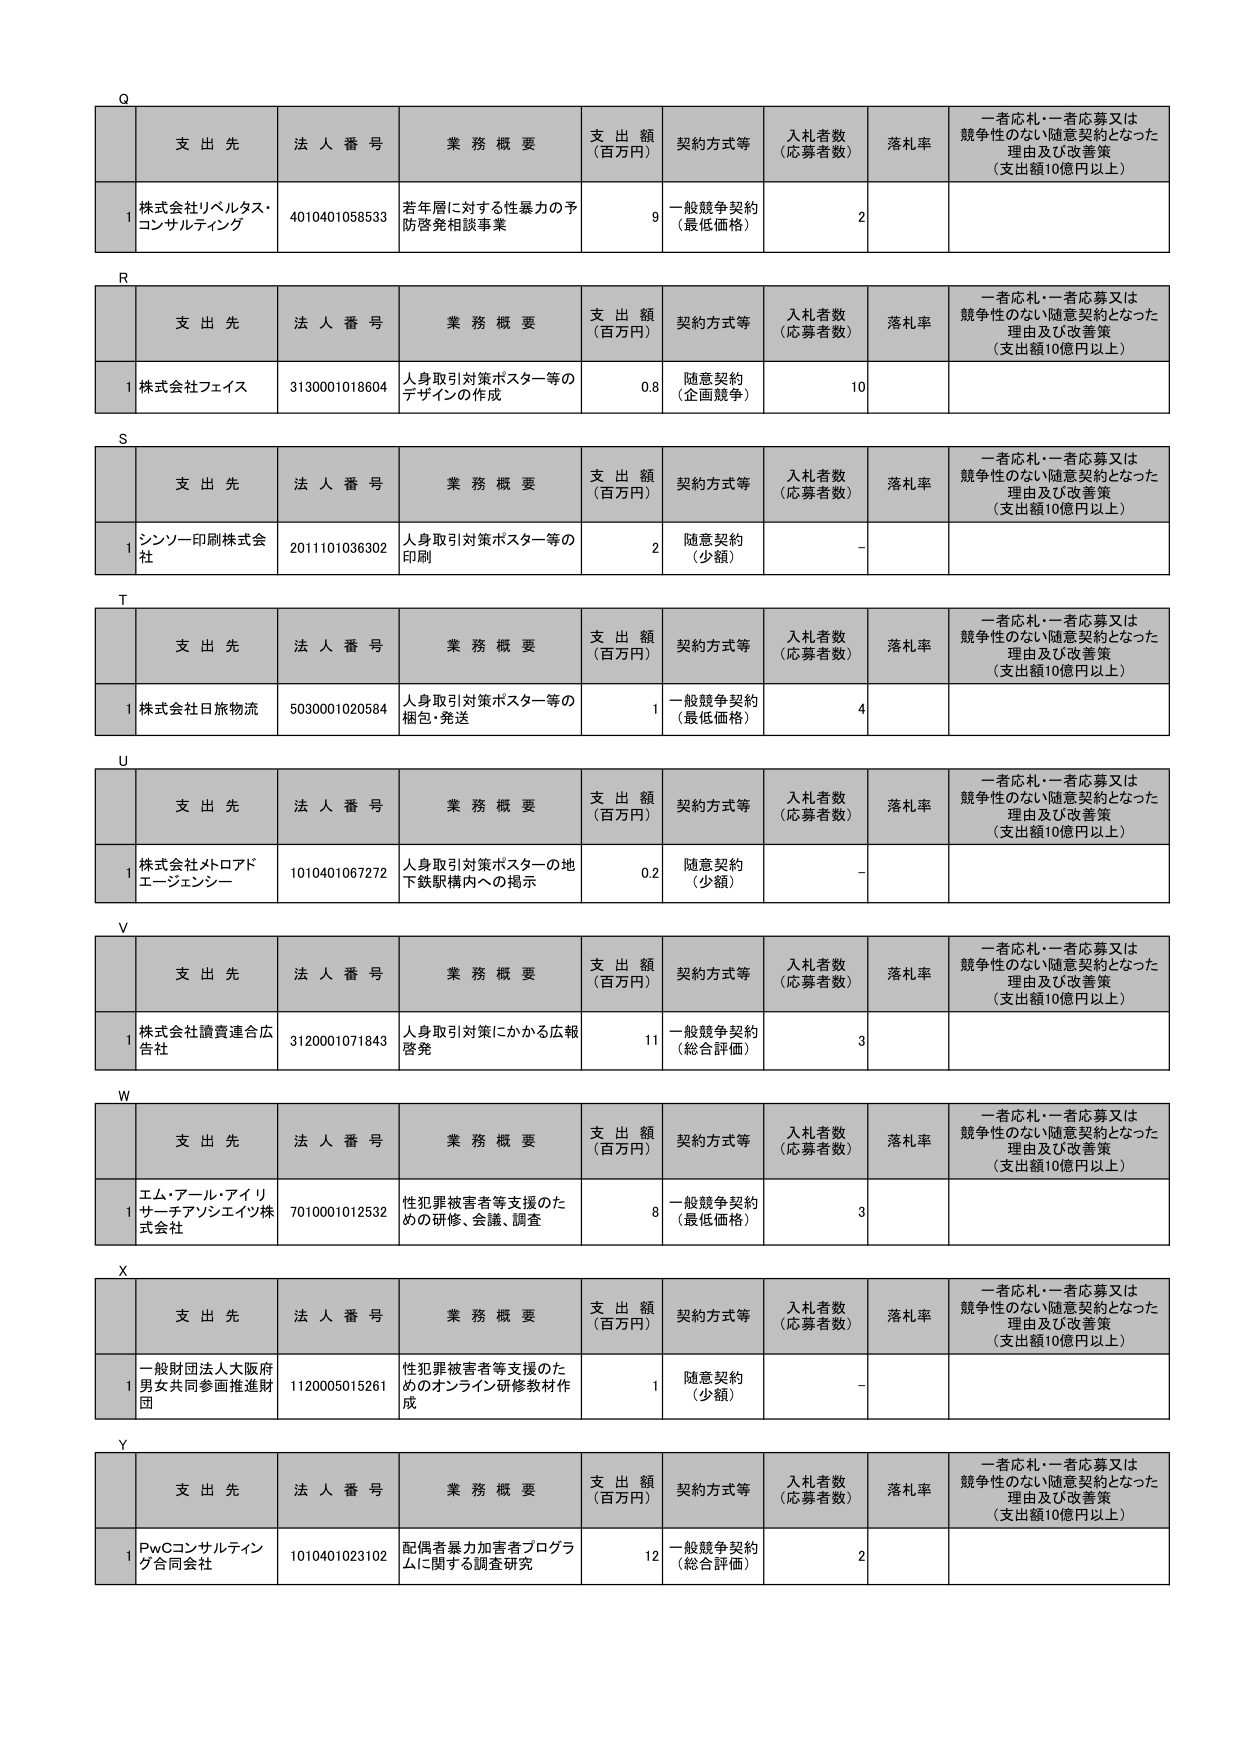
Q
支 出 先 法 人 番 号 業 務 概 要 支 出 額 （百万円） 契約方式等 入札者数 （応募者数） 落札率 一者応札・一者応募又は競争性のない随意契約となった理由及び改善策 （支出額10億円以上）
1 株式会社リベルタス・コンサルティング 4010401058533 若年層に対する性暴力の予防啓発相談事業 9 一般競争契約 （最低価格） 2

R
支 出 先 法 人 番 号 業 務 概 要 支 出 額 （百万円） 契約方式等 入札者数 （応募者数） 落札率 一者応札・一者応募又は競争性のない随意契約となった理由及び改善策 （支出額10億円以上）
1 株式会社フェイス 3130001018604 人身取引対策ポスター等のデザインの作成 0.8 随意契約 （企画競争） 10

S
支 出 先 法 人 番 号 業 務 概 要 支 出 額 （百万円） 契約方式等 入札者数 （応募者数） 落札率 一者応札・一者応募又は競争性のない随意契約となった理由及び改善策 （支出額10億円以上）
1 シンソー印刷株式会社 2011101036302 人身取引対策ポスター等の印刷 2 随意契約 （少額） -

T
支 出 先 法 人 番 号 業 務 概 要 支 出 額 （百万円） 契約方式等 入札者数 （応募者数） 落札率 一者応札・一者応募又は競争性のない随意契約となった理由及び改善策 （支出額10億円以上）
1 株式会社日旅物流 5030001020584 人身取引対策ポスター等の梱包・発送 1 一般競争契約 （最低価格） 4

U
支 出 先 法 人 番 号 業 務 概 要 支 出 額 （百万円） 契約方式等 入札者数 （応募者数） 落札率 一者応札・一者応募又は競争性のない随意契約となった理由及び改善策 （支出額10億円以上）
1 株式会社メトロアドエージェンシー 1010401067272 人身取引対策ポスターの地下鉄駅構内への掲示 0.2 随意契約 （少額） -

V
支 出 先 法 人 番 号 業 務 概 要 支 出 額 （百万円） 契約方式等 入札者数 （応募者数） 落札率 一者応札・一者応募又は競争性のない随意契約となった理由及び改善策 （支出額10億円以上）
1 株式会社讀賣連合広告社 3120001071843 人身取引対策にかかる広報啓発 11 一般競争契約 （総合評価） 3

W
支 出 先 法 人 番 号 業 務 概 要 支 出 額 （百万円） 契約方式等 入札者数 （応募者数） 落札率 一者応札・一者応募又は競争性のない随意契約となった理由及び改善策 （支出額10億円以上）
1 エム・アール・アイリサーチアソシエイツ株式会社 7010001012532 性犯罪被害者等支援のための研修、会議、調査 8 一般競争契約 （最低価格） 3

X
支 出 先 法 人 番 号 業 務 概 要 支 出 額 （百万円） 契約方式等 入札者数 （応募者数） 落札率 一者応札・一者応募又は競争性のない随意契約となった理由及び改善策 （支出額10億円以上）
1 一般財団法人大阪府男女共同参画推進財団 1120005015261 性犯罪被害者等支援のためのオンライン研修教材作成 1 随意契約 （少額） -

Y
支 出 先 法 人 番 号 業 務 概 要 支 出 額 （百万円） 契約方式等 入札者数 （応募者数） 落札率 一者応札・一者応募又は競争性のない随意契約となった理由及び改善策 （支出額10億円以上）
1 PwCコンサルティング合同会社 1010401023102 配偶者暴力加害者プログラムに関する調査研究 12 一般競争契約 （総合評価） 2